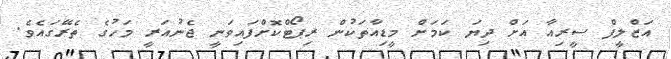
އަޒްލީފް ސީރިއާ އަށް ދިޔަ ކަމަށް މީޑިއާތަކުން ރިޕޯޓްކޮށްފައިވަނީ ޖެނުއަރީ މަހުގެ ތެރޭގައެވެ.